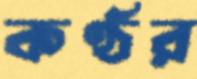
কণ্ঠর